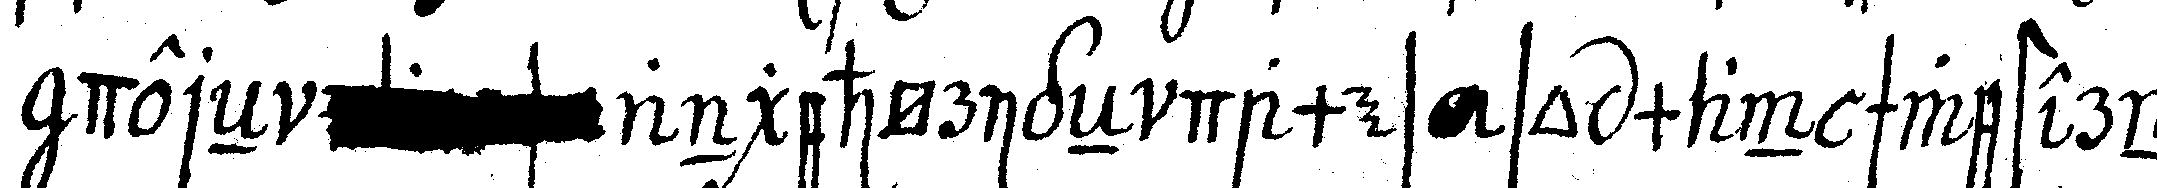
dereN    angehörigeN dames so man schwestern